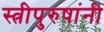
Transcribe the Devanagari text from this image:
स्त्रीपुरुषांनी